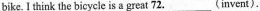
bike. I think the bicycle is a great 72.___